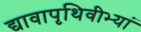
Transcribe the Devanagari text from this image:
द्यावापृथिवीभ्यां